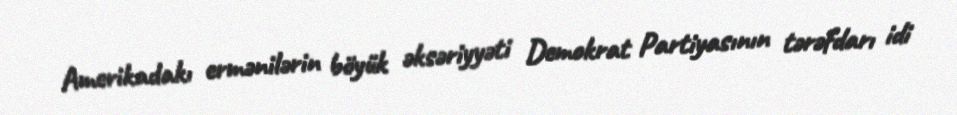
Amerikadakı ermənilərin böyük əksəriyyəti Demokrat Partiyasının tərəfdarı idi